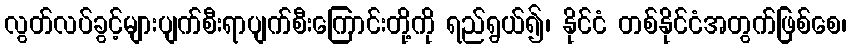
လွတ်လပ်ခွင့်များပျက်စီးရာပျက်စီးကြောင်းတို့ကို ရည်ရွယ်၍၊ နိုင်ငံ တစ်နိုင်ငံအတွက်ဖြစ်စေ၊